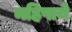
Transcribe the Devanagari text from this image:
महिषाचे